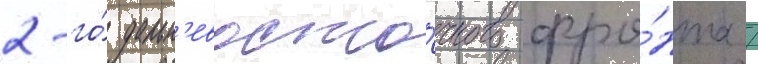
2-го́ дальн'евосто́чного фро́нта /